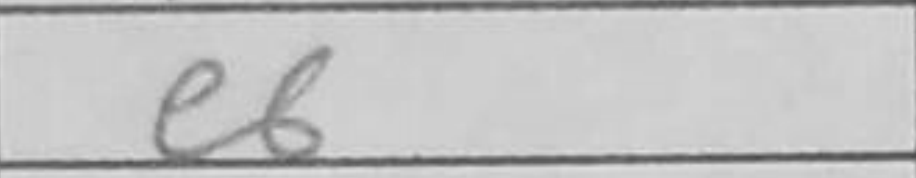
Transcription: e6